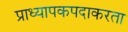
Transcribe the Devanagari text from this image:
प्राध्यापकपदाकरता